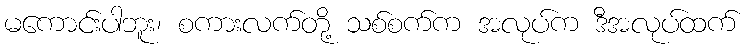
မကောင်းပါဘူး၊ စကားလက်တို့ သစ်စက်က အလုပ်က ဒီအလုပ်ထက်